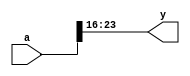

module test_def(a, y);

`define MSB_LSB_SEP :
`define get_msb(off, len) ((off)+(len)-1)
`define get_lsb(off, len) (off)
`define sel_bits(offset, len) `get_msb(offset, len) `MSB_LSB_SEP `get_lsb(offset, len)

input [31:0] a;
output [7:0] y;

assign y = a[`sel_bits(16, 8)];

endmodule

// ---------------------------------------------------

module test_ifdef(a, y);

input [2:0] a;
output reg [31:0] y;

always @* begin
	y = 0;

	`undef X
	`ifdef X
		y = y + 42;
	`else
		`undef  A
		`undef  B
		`ifdef A
			y = (y << 1) | a[0];
		`elsif B
			y = (y << 1) | a[1];
		`else
			y = (y << 1) | a[2];
		`endif
		`undef  A
		`define B
		`ifdef A
			y = (y << 1) | a[0];
		`elsif B
			y = (y << 1) | a[1];
		`else
			y = (y << 1) | a[2];
		`endif
		`define A
		`undef  B
		`ifdef A
			y = (y << 1) | a[0];
		`elsif B
			y = (y << 1) | a[1];
		`else
			y = (y << 1) | a[2];
		`endif
		`define A
		`define B
		`ifdef A
			y = (y << 1) | a[0];
		`elsif B
			y = (y << 1) | a[1];
		`else
			y = (y << 1) | a[2];
		`endif
		// ------------------------------------
		`undef  A
		`undef  B
		`ifndef A
			y = (y << 1) | a[0];
		`elsif B
			y = (y << 1) | a[1];
		`else
			y = (y << 1) | a[2];
		`endif
		`undef  A
		`define B
		`ifndef A
			y = (y << 1) | a[0];
		`elsif B
			y = (y << 1) | a[1];
		`else
			y = (y << 1) | a[2];
		`endif
		`define A
		`undef  B
		`ifndef A
			y = (y << 1) | a[0];
		`elsif B
			y = (y << 1) | a[1];
		`else
			y = (y << 1) | a[2];
		`endif
		`define A
		`define B
		`ifndef A
			y = (y << 1) | a[0];
		`elsif B
			y = (y << 1) | a[1];
		`else
			y = (y << 1) | a[2];
		`endif
		// ------------------------------------
		`undef A
		`ifdef A
			y = (y << 1) | a[0];
		`else
			y = (y << 1) | a[2];
		`endif
		`define A
		`ifdef A
			y = (y << 1) | a[0];
		`else
			y = (y << 1) | a[2];
		`endif
		// ------------------------------------
		`undef A
		`ifndef A
			y = (y << 1) | a[0];
		`else
			y = (y << 1) | a[2];
		`endif
		`define A
		`ifndef A
			y = (y << 1) | a[0];
		`else
			y = (y << 1) | a[2];
		`endif
	`endif

	`define X
	`ifdef X
		`undef  A
		`undef  B
		`ifdef A
			y = (y << 1) | a[0];
		`elsif B
			y = (y << 1) | a[1];
		`else
			y = (y << 1) | a[2];
		`endif
		`undef  A
		`define B
		`ifdef A
			y = (y << 1) | a[0];
		`elsif B
			y = (y << 1) | a[1];
		`else
			y = (y << 1) | a[2];
		`endif
		`define A
		`undef  B
		`ifdef A
			y = (y << 1) | a[0];
		`elsif B
			y = (y << 1) | a[1];
		`else
			y = (y << 1) | a[2];
		`endif
		`define A
		`define B
		`ifdef A
			y = (y << 1) | a[0];
		`elsif B
			y = (y << 1) | a[1];
		`else
			y = (y << 1) | a[2];
		`endif
		// ------------------------------------
		`undef  A
		`undef  B
		`ifndef A
			y = (y << 1) | a[0];
		`elsif B
			y = (y << 1) | a[1];
		`else
			y = (y << 1) | a[2];
		`endif
		`undef  A
		`define B
		`ifndef A
			y = (y << 1) | a[0];
		`elsif B
			y = (y << 1) | a[1];
		`else
			y = (y << 1) | a[2];
		`endif
		`define A
		`undef  B
		`ifndef A
			y = (y << 1) | a[0];
		`elsif B
			y = (y << 1) | a[1];
		`else
			y = (y << 1) | a[2];
		`endif
		`define A
		`define B
		`ifndef A
			y = (y << 1) | a[0];
		`elsif B
			y = (y << 1) | a[1];
		`else
			y = (y << 1) | a[2];
		`endif
		// ------------------------------------
		`undef A
		`ifdef A
			y = (y << 1) | a[0];
		`else
			y = (y << 1) | a[2];
		`endif
		`define A
		`ifdef A
			y = (y << 1) | a[0];
		`else
			y = (y << 1) | a[2];
		`endif
		// ------------------------------------
		`undef A
		`ifndef A
			y = (y << 1) | a[0];
		`else
			y = (y << 1) | a[2];
		`endif
		`define A
		`ifndef A
			y = (y << 1) | a[0];
		`else
			y = (y << 1) | a[2];
		`endif
	`else
		y = y + 42;
	`endif
end

endmodule

`define SIZE 4 // comment supported in this part
module test_comment_in_macro ( din_a, dout_a );
input [`SIZE-1:0] din_a;
output [`SIZE-1:0] dout_a;
assign dout_a = din_a | `SIZE'ha;
endmodule